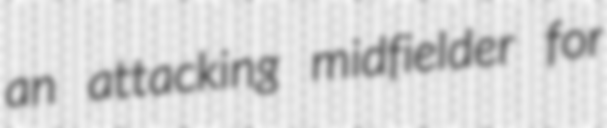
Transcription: an attacking midfielder for